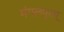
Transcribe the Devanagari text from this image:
मंगलपुरम्